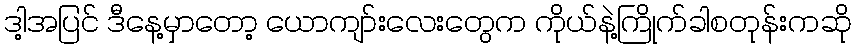
ဒါ့အပြင် ဒီနေ့မှာတော့ ယောကျာ်းလေးတွေက ကိုယ်နဲ့ကြိုက်ခါစတုန်းကဆို